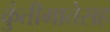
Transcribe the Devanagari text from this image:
कुंतीमातेसह